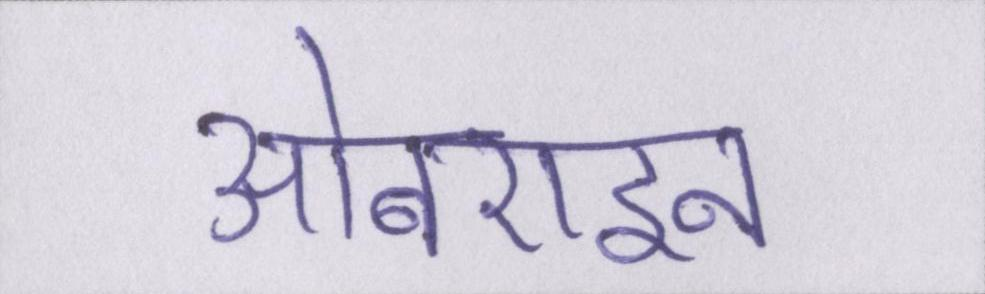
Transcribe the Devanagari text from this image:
ओबराइन